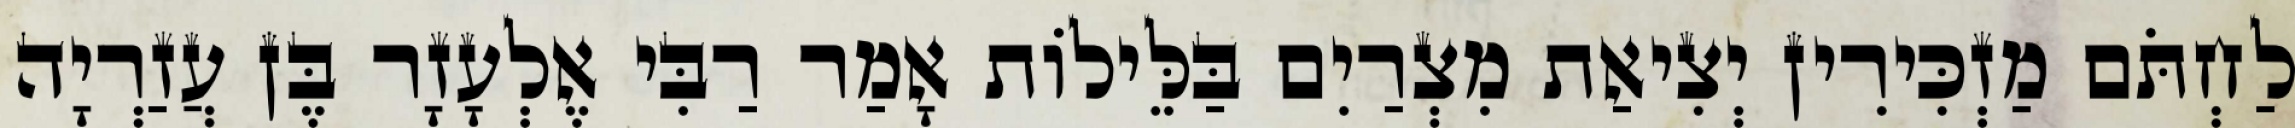
לַחְתֹּם מַזְכִּירִין יְצִיאַת מִצְרַיִם בַּלֵּילוֹת אָמַר רַבִּי אֶלְעָזָר בֶּן עֲזַרְיָה